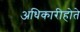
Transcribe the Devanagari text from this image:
अधिकारीहोते